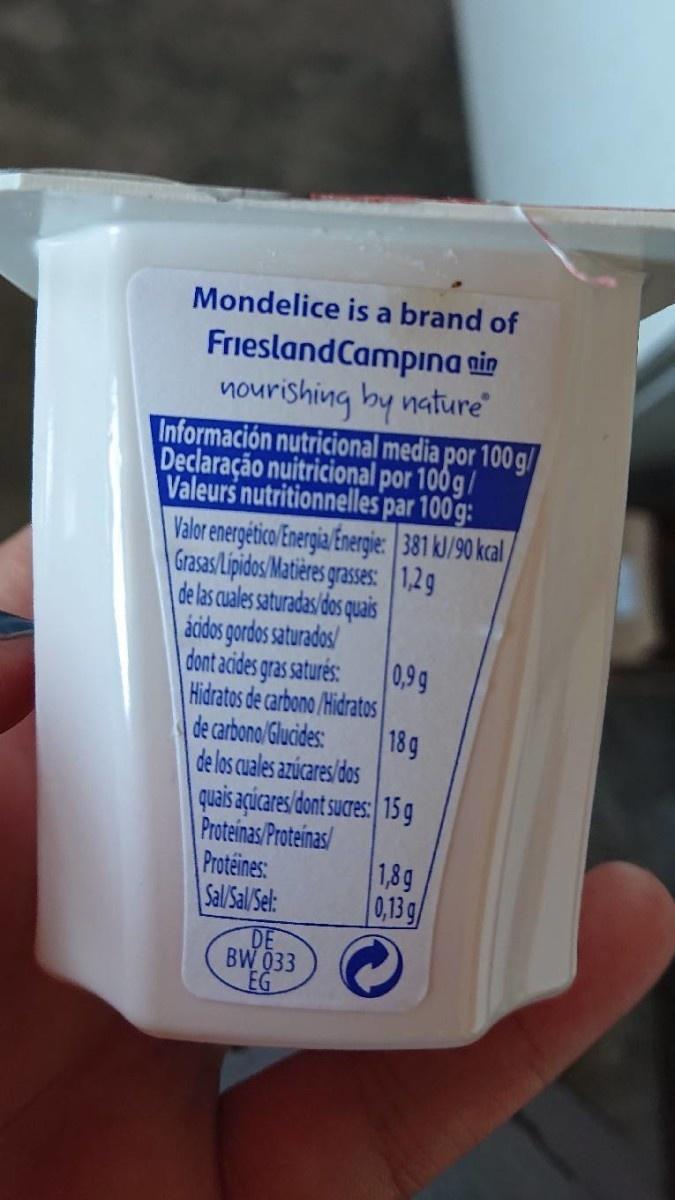
Mondelice is a brand of
FrieslandCampina gin nourishing by nature
Información nutricional media por 100 g/ Declaração nuitricional por 100g/ Valeurs nutritionnelles par 100 g:
Valor energético Energia Energie: 381 kJ/90 kcal/ Grasas/Lipidos /Matières grasses: 1,2g de las cuales saturadas/dos quais
| ácidos gordos saturados/ dont acides gras saturés: Hidratos de carbono /Hidratos
0,99
de carbono/Glucides: de los cuales azúcares /dos
18g
quais açúcares/dont sucres: 15 g Proteinas/Proteinas/ Proteines: Sal/Sal/Sel:
1,8g 0,13 g/
DE BW 033 EG